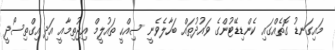
މައިގަނޑު ގޮތެއްގައި ކެންޑިޑޭޓުންގެ ވައުދުތައް ބަހާލެވެނީ ސިއްހީ ތައުލީމް އިޖުތިމާއީ އަދި އިގްތިސޯދީ